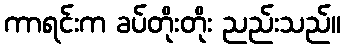
ကာရင်းက ခပ်တိုးတိုး ညည်းသည်။